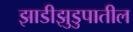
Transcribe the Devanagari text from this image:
झाडीझुडुपातील